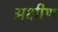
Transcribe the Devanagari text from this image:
अक्षीण